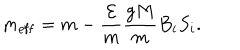
m _ { \mathrm { e f f } } = m - \frac { { \cal E } } { m } \frac { g M } { m } B _ { i } S _ { i } .